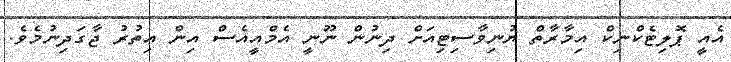
އެއީ ޕޮލިޓެކްނިކް އިމާރާތް ޔުނިވާސިޓިއަށް ދިނުން ނޫނީ އެމްއީއެސް އިން އިތުރު ޖާގަދިނުމެވެ.